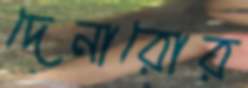
দেনারোর